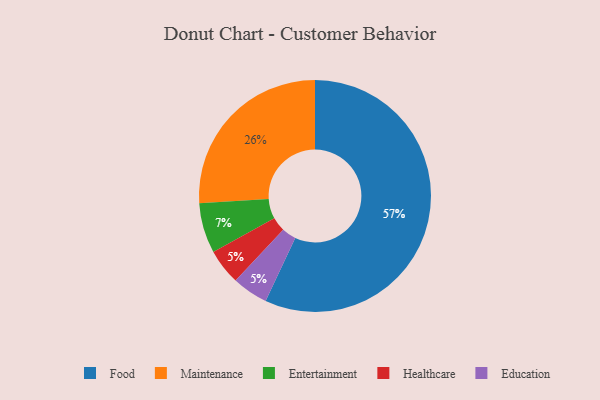
{"axis": {"x": "Category", "y": "Percentage"}, "legend": ["Education", "Entertainment", "Food", "Healthcare", "Maintenance"], "data": [{"x": "Entertainment", "y": 7, "type": "Entertainment"}, {"x": "Healthcare", "y": 5, "type": "Healthcare"}, {"x": "Maintenance", "y": 26, "type": "Maintenance"}, {"x": "Food", "y": 57, "type": "Food"}, {"x": "Education", "y": 5, "type": "Education"}]}